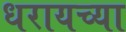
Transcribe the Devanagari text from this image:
धरायच्या